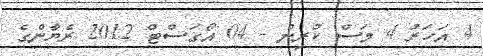
4 އަހަރު 4 މަސް ކުރިން - 04 އޯގަސްޓް 2012 ރެޔާންގެ